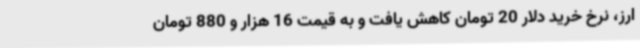
ارز، نرخ خرید دلار 20 تومان کاهش یافت و به قیمت 16 هزار و 880 تومان